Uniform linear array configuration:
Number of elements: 16
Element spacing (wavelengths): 1
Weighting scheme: hamming
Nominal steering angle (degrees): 0
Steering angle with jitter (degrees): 1.683
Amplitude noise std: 0.05
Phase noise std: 0.05

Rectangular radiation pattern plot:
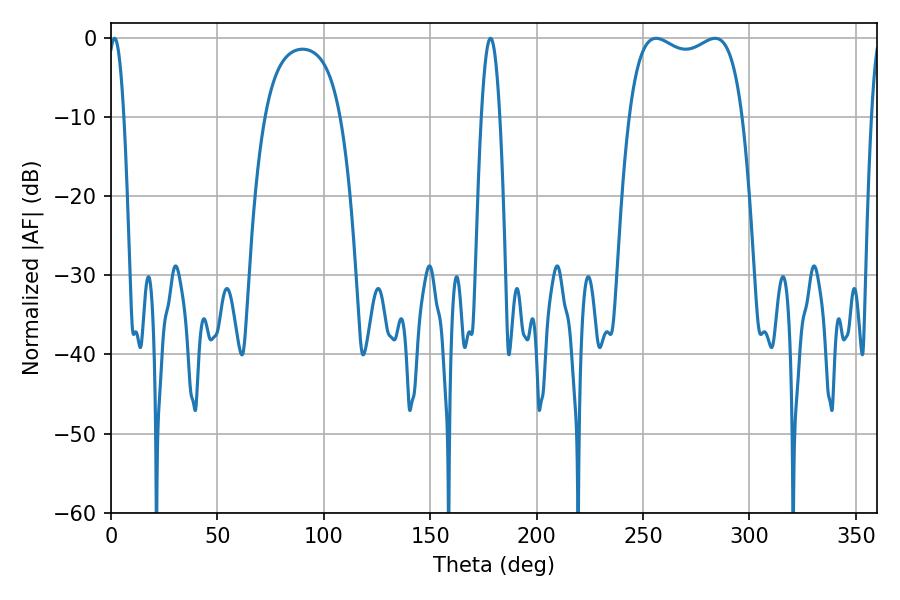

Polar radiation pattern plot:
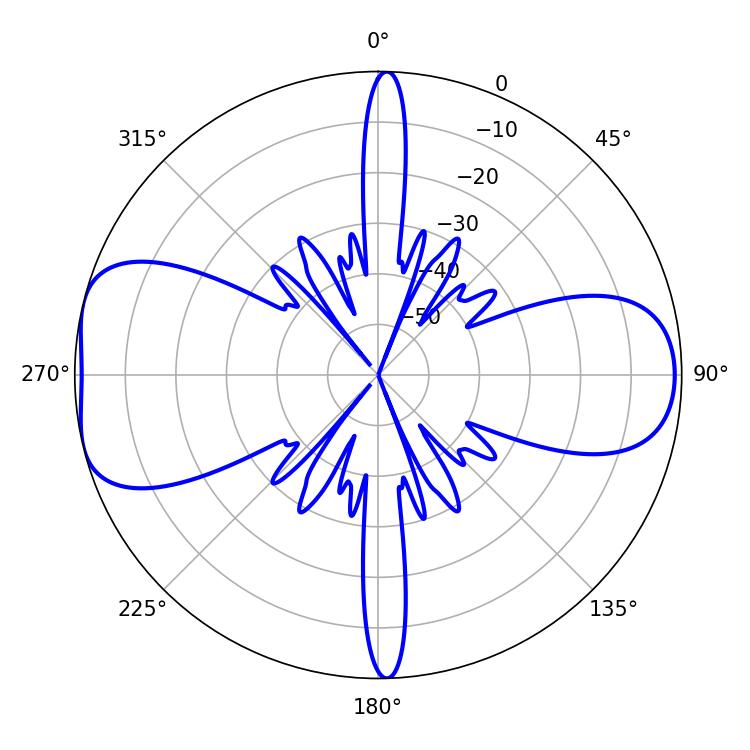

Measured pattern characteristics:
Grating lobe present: TRUE
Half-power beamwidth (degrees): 43.56
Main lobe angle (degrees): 256.14